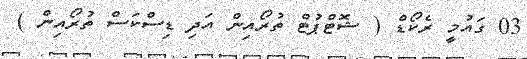
03 ގައުމީ ރެކޯޑް ( ޝޮޓްޕުޓް ތުރޯއިން އަދި ޑިސްކަސް ތުރޯއިން )